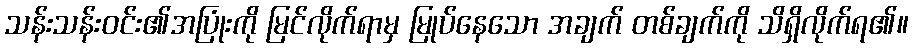
သန်းသန်းဝင်း၏အပြုံးကို မြင်လိုက်ရာမှ မြုပ်နေသော အချက် တစ်ချက်ကို သိရှိလိုက်ရ၏။